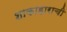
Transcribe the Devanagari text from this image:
शाकाहाराची